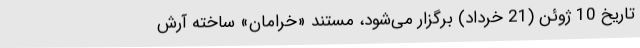
تاریخ 10 ژوئن (21 خرداد) برگزار می‌شود، مستند «خرامان» ساخته آرش